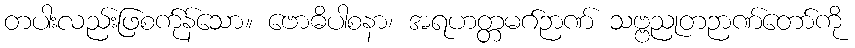
တပါးလည်းဖြစက်ုန်သော။ ဗောဓိပါစနာ၊ အရဟတ္တမဂ်ဉာဏ် သဗ္ဗညုတဉာဏ်တော်ကို